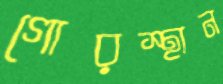
গোরস্থান